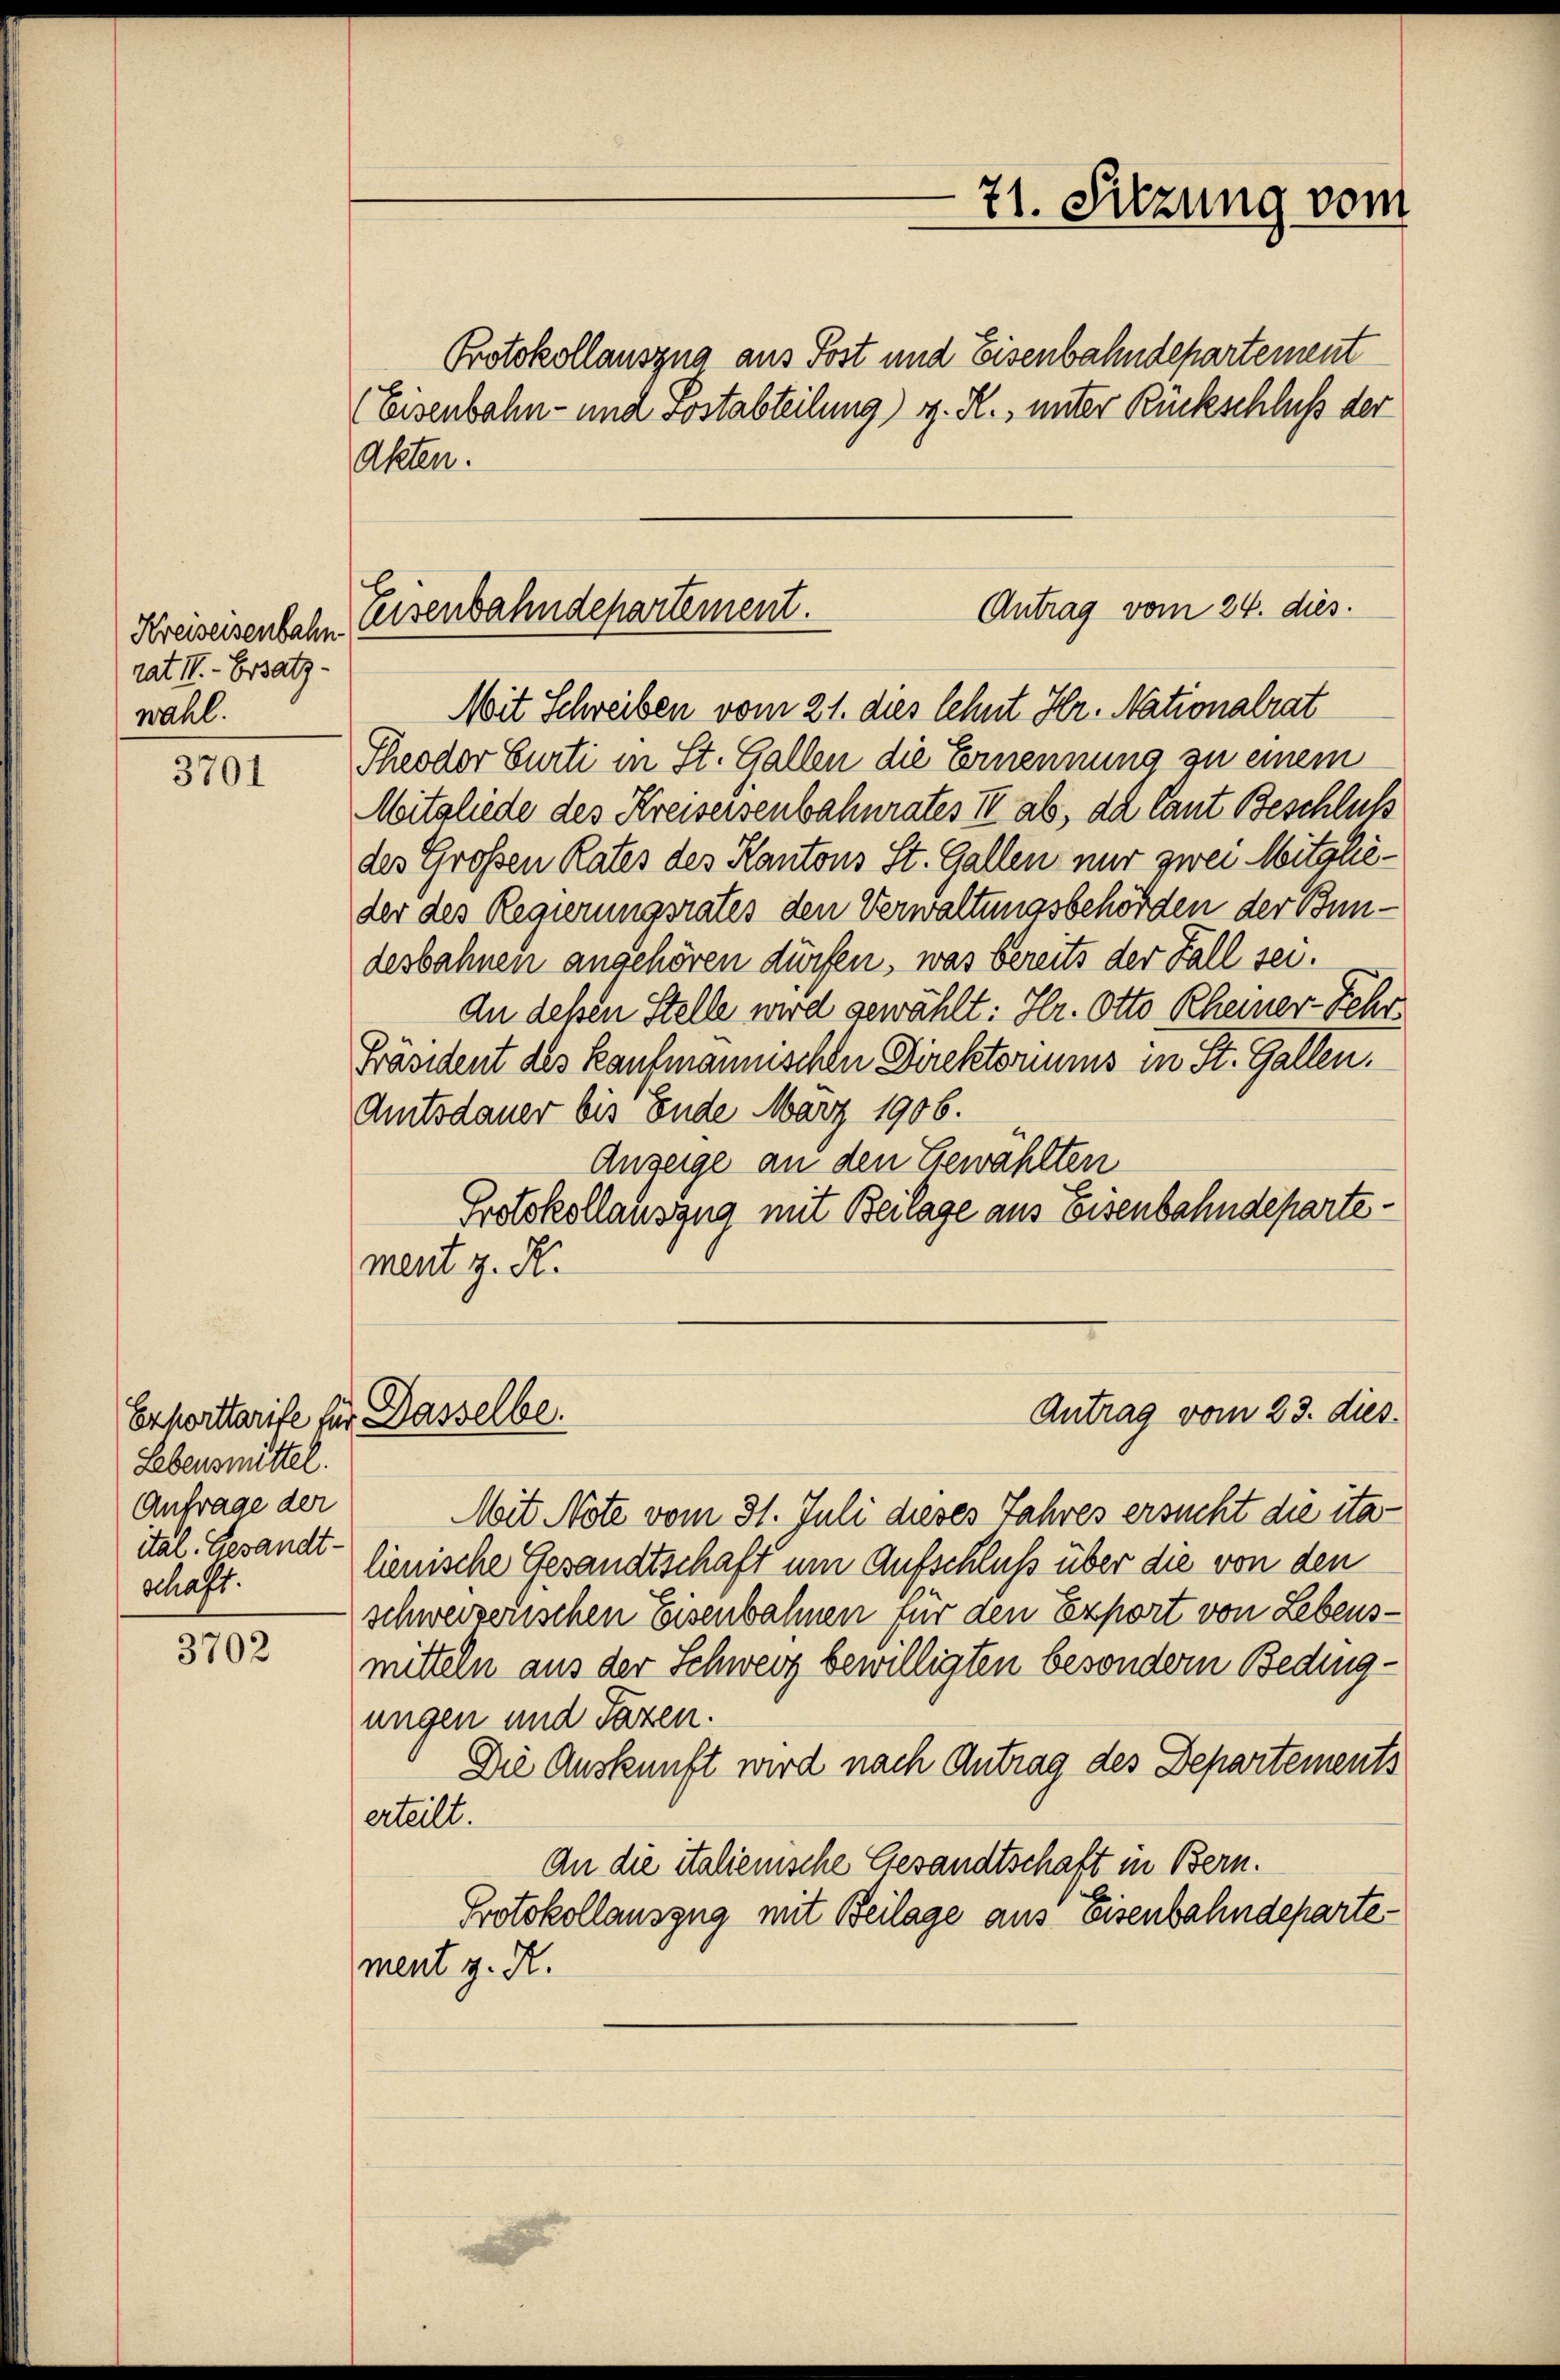
Kreiseisenbahn
rat II. - Ersatz-
wahl.

3701

Lebensmittel.
Anfrage der
ital. Gesandt-
schaft.

3702

Protokollauszug aus Post und Eisenbahndepartement
(Eisenbahn- und sostabteilung) g. R., unter Rückschluß der
Akten.

71. Sitzung vom

Antrag vom 24. dies
Eisenbahndepartement.

Mit Schreiben vom 21. dies lehnt Hr. Nationalrat
Theodor Curti in St. Gallen die Ernennung zu einem
Mitgliede des Kreiseisenbahnrates II ab, da laut Beschluß
des Großen Rates des Kantons St. Gallen nur zwei Mitglieder des Regierungsrates den Verwaltungsbehörden der Bundesbahnen angehören dürfen, was bereits der Fall sei.
An deßen Stelle wird gewählt: Hr. Otto Rheiner-Fehr¬
Präsident des Kaufmannischen Direktoriums in St. Gallen.
Amtsdauer bis Ende März 1906.
Anzeige an den Gewählten
Protokollauszug mit Beilage aus Eisenbahndepartement z. R.

Exporttarife für Dasselbe.

Antrag vom 23. dies.

Mit Note vom 31. Juli dieses Jahres ersucht die ita
lienische Gesandtschaft um Aufschluß über die von den
schweizerischen Eisenbahnen für den Export von Lebens-
mitteln aus der Schweiz bewilligten besondern Bedingungen und Taxen.
Die Auskunft wird nach Antrag des Departements
erteilt.
An die italienische Gesandtschaft in Bern.
Protokollauszug mit Beilage aus Eisenbahndepartement z. R.